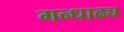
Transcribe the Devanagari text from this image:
गन्धाढ्य